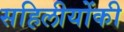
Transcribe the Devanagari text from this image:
सहिलीयोंकी